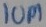
Text: 10M